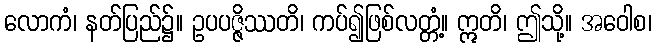
လောကံ၊ နတ်ပြည်၌။ ဥပပဇ္ဇိဿတိ၊ ကပ်၍ဖြစ်လတ္တံ့။ ဣတိ၊ ဤသို့။ အဝေါစ၊